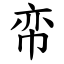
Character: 帟